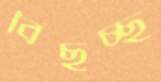
বিছচ্ছ